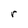
Character: r